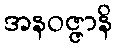
အနဝဇ္ဇာနိ